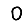
Digit: 0